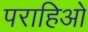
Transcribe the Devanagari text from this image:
पराहिओ